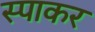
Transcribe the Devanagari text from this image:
स्पाकर